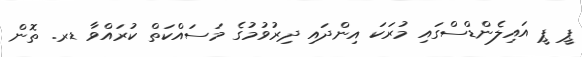
ޕީ ޕީ އައިލެންޑްސްގައި މުރަކަ އިންދައި ދިރުވުމުގެ މަސައްކަތް ކުރައްވާ ޑރ. ތޮން